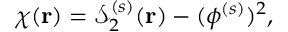
\chi ( \mathbf { r } ) = \mathcal { S } _ { 2 } ^ { ( s ) } ( \mathbf { r } ) - ( \phi ^ { ( s ) } ) ^ { 2 } ,